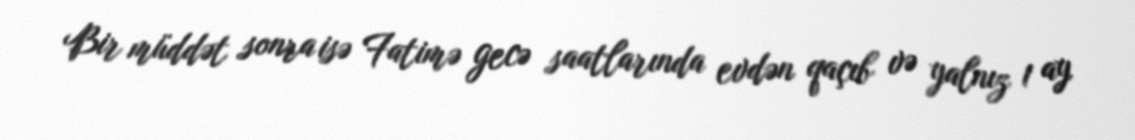
Bir müddət sonra isə Fatimə gecə saatlarında evdən qaçıb və yalnız 1 ay